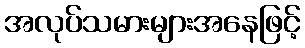
အလုပ်သမားများအနေဖြင့်